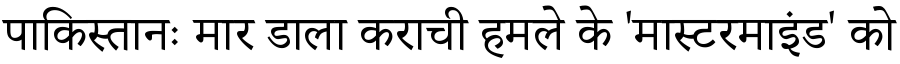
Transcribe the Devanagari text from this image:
पाकिस्तानः मार डाला कराची हमले के 'मास्टरमाइंड' को